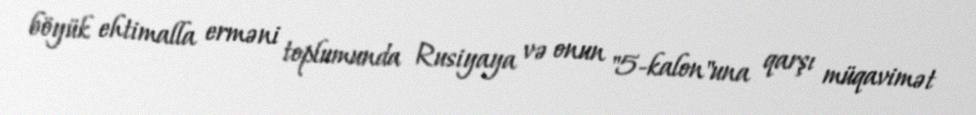
böyük ehtimalla erməni toplumunda Rusiyaya və onun "5-kalon"una qarşı müqavimət